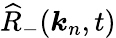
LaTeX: \widehat{R}_{-}(\boldsymbol{k}_{n},t)